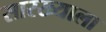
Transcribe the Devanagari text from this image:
सारख्याला